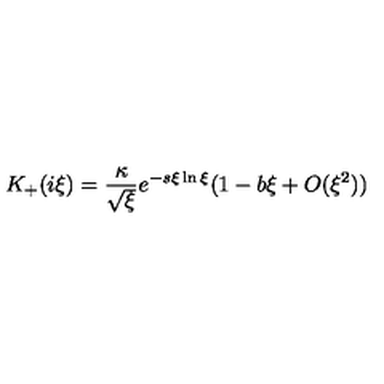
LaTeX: K _ { + } ( i \xi ) = \frac { \kappa } { \sqrt { \xi } } e ^ { - s \xi \ln \xi } ( 1 - b \xi + O ( \xi ^ { 2 } ) )